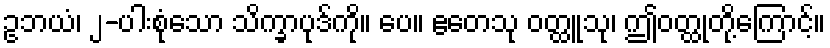
ဥဘယံ၊ ၂-ပါးစုံသော သိက္ခာပုဒ်ကို။ ပေ။ ဧတေသု ဝတ္ထူသု၊ ဤဝတ္ထုတို့ကြောင့်။